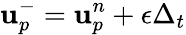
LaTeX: \mathbf{u}_{p}^{-}=\mathbf{u}_{p}^{n}+\mathbf{\epsilon}\Delta_{t}